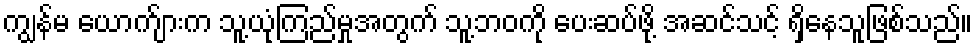
ကျွန်မ ယောက်ျားက သူ့ယုံကြည်မှုအတွက် သူ့ဘဝကို ပေးဆပ်ဖို့ အဆင်သင့် ရှိနေသူဖြစ်သည်။